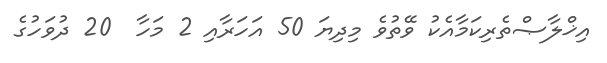
އިޚްލާޞްތެރިކަމާއެކު ވޭތުވެ މިދިޔަ 50 އަހަރާއި 2 މަހާ  20 ދުވަހުގެ